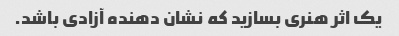
یک اثر هنری بسازید که نشان دهنده آزادی باشد.